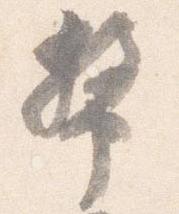
幣